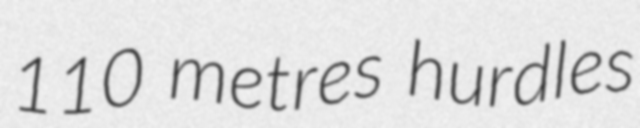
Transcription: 110 metres hurdles